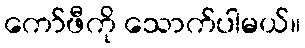
ကော်ဖီကို သောက်ပါမယ်။